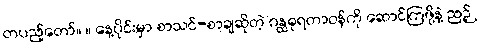
တပည့်တော်။ ။ နေ့ပိုင်းမှာ စာသင်-စာချဆိုတဲ့ ဂန္ထဓုရတာဝန်ကို ဆောင်ကြဖို့နဲ့ ညဉ့်